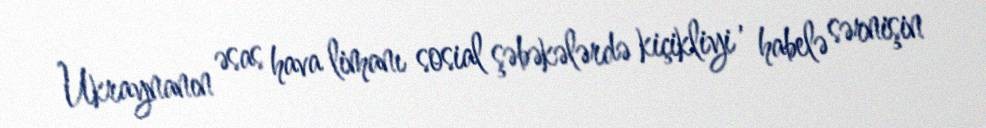
Ukraynanın əsas hava limanı sosial şəbəkələrdə kiçikliyi , habelə sərnişin